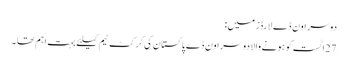
دوسرا وَن ڈے لارڈز میں:
27ِاگست کو ہونے والا دوسرا وَن ڈے پاکستان کی کرکٹ ٹیم کیلئے بہت اہم تھا ۔